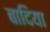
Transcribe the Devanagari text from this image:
बादिया